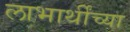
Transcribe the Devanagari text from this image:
लाभार्थींच्या